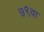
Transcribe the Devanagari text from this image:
७९वा